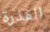
القذرة